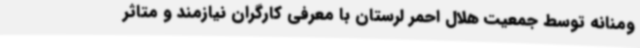
ومنانه توسط جمعیت هلال احمر لرستان با معرفی کارگران نیازمند و متاثر